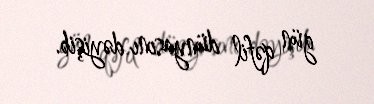
gün qəfil dünyasını dəyişib.